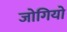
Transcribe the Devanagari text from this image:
जोगियो